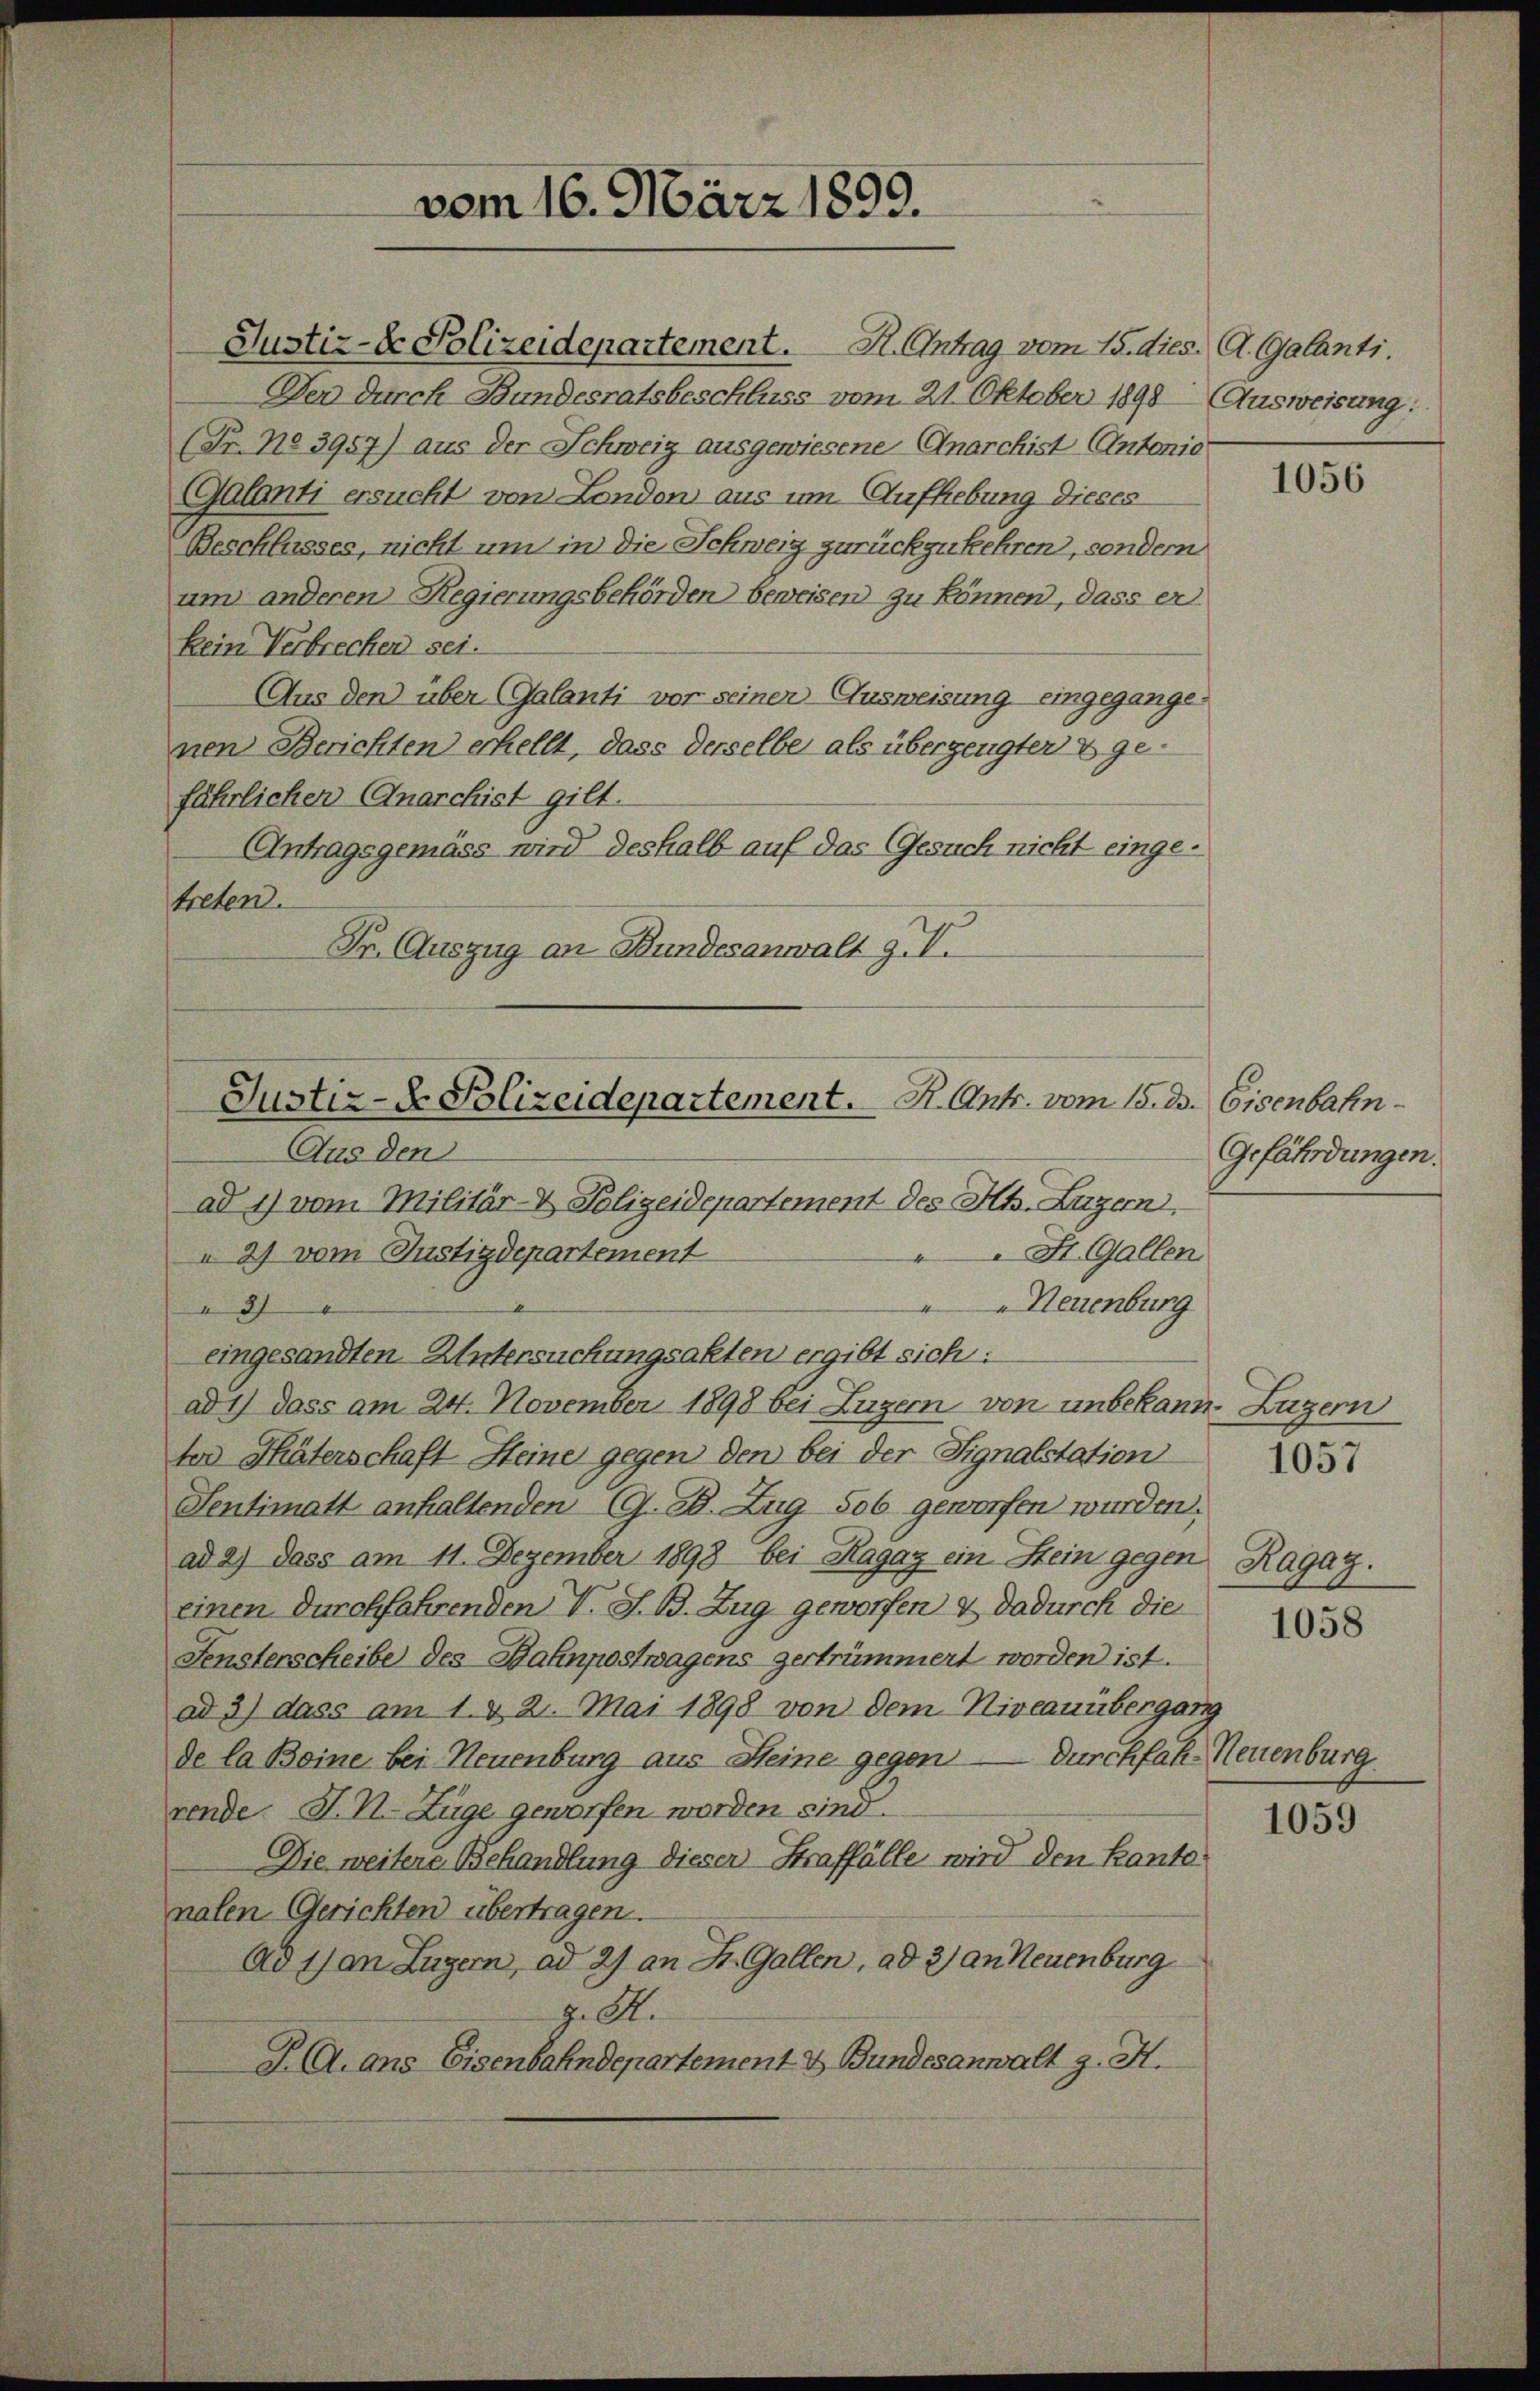
Justiz- & Polizeidepartement. St. Antrag vom 15. dies. A. Galanti
Der durch Bundesratsbeschluss vom 21. Oktober 1898 Ausweisung:
(Fr. No 3957) aus der Schweiz ausgewiesene Anarchist Antonio
Galanti ersucht von London aus um Aufhebung dieses
Beschlusses, nicht um in die Schweiz zurückzukehren, sondern
um anderen Regierungsbehörden beweisen zu können, dass er
kein Verbrechen sei.
Aus den über (Galanti vor seinen Ausweisung eingegangenen Berichten erhellt, dass derselbe als übergengten & gefährlichen Anarchist gilt.
Antragsgemäss wird deshalb auf das Gesuch nicht eingetreten.
Gr. Auszug an Bundesanwalt g. V.

vom 16. März 1899.

Justiz- & Polizeidepartement.     K. Ant. vom 15. ds
Aus den
ad 1) vom Militär- & Polizeidepartement des Kts. Luzern,
St. Gallen
a 2) vom Justizdepartement

Neuenburg
37
eingesandten Untersuchungsakten ergibt sich:
ad 1) dass am 24. November 1898 bei Luzern von unbekann. Luzern
ter Thäterschaft Heine gegen den bei der Signalstation
Sentimatt anhaltenden (G. B. Zug Sob geworfen wurden,
ad 2) dass am 11. Dezember 1898 bei Ragaz ein Stein gegen
einen Durchfahrenden V. J. B. Zug geworfen & dadurch die
Fensterscheibe des Bahnpostwagens zertrümmert worden ist.
ad 3) dass am 1. & 2. Mai 1898 von dem Niveauübergang
de la Beine bei Neuenburg aus Steine gegen durchfah- Neuenburg.
rende. J. M. Züge geworfen worden sind.
Die weitere Behandlung dieser Straffälle wird den Kantonalen Gerichten übertragen.
Ad 1) an Luzern, ad 2) an St. Gallen, ad 2) an Neuenburg
J. A.
J. A. ans Eisenbahndepartement & Bundesanwalt z. H.

1056

Eisenbahn-
Gefährdungen.

1057

Hugaz.

1058

1059